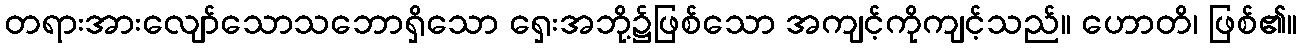
တရားအားလျော်သောသဘောရှိသော ရှေးအဘို့၌ဖြစ်သော အကျင့်ကိုကျင့်သည်။ ဟောတိ၊ ဖြစ်၏။